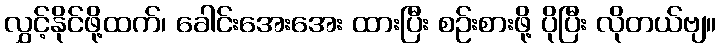
လွှင့်နိုင်ဖို့ထက်၊ ခေါင်းအေးအေး ထားပြီး စဉ်းစားဖို့ ပိုပြီး လိုတယ်ဗျ။